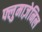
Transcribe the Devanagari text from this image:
फ्लुमाज़ेनिल